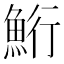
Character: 𫙚